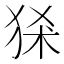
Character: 𤞠